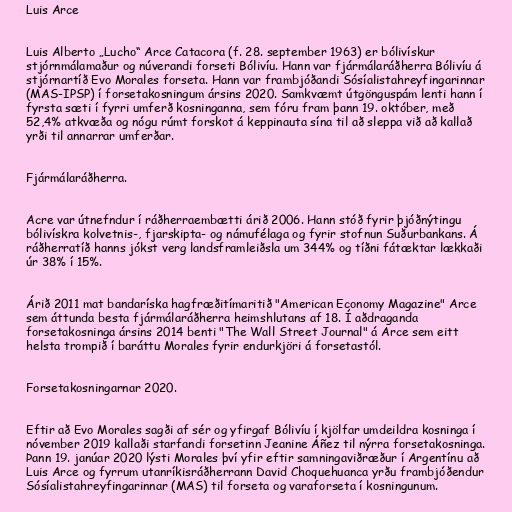
Luis Arce

Luis Alberto „Lucho“ Arce Catacora (f. 28. september 1963) er bólivískur
stjórnmálamaður og núverandi forseti Bólivíu. Hann var fjármálaráðherra Bólivíu á
stjórnartíð Evo Morales forseta. Hann var frambjóðandi Sósíalistahreyfingarinnar
(MAS-IPSP) í forsetakosningum ársins 2020. Samkvæmt útgönguspám lenti hann í
fyrsta sæti í fyrri umferð kosninganna, sem fóru fram þann 19. október, með
52,4% atkvæða og nógu rúmt forskot á keppinauta sína til að sleppa við að kallað
yrði til annarrar umferðar.

Fjármálaráðherra.

Acre var útnefndur í ráðherraembætti árið 2006. Hann stóð fyrir þjóðnýtingu
bólivískra kolvetnis-, fjarskipta- og námufélaga og fyrir stofnun Suðurbankans. Á
ráðherratíð hanns jókst verg landsframleiðsla um 344% og tíðni fátæktar lækkaði
úr 38% í 15%.

Árið 2011 mat bandaríska hagfræðitímaritið "American Economy Magazine" Arce
sem áttunda besta fjármálaráðherra heimshlutans af 18. Í aðdraganda
forsetakosninga ársins 2014 benti "The Wall Street Journal" á Arce sem eitt
helsta trompið í baráttu Morales fyrir endurkjöri á forsetastól.

Forsetakosningarnar 2020.

Eftir að Evo Morales sagði af sér og yfirgaf Bólivíu í kjölfar umdeildra kosninga í
nóvember 2019 kallaði starfandi forsetinn Jeanine Áñez til nýrra forsetakosninga.
Þann 19. janúar 2020 lýsti Morales því yfir eftir samningaviðræður í Argentínu að
Luis Arce og fyrrum utanríkisráðherrann David Choquehuanca yrðu frambjóðendur
Sósíalistahreyfingarinnar (MAS) til forseta og varaforseta í kosningunum.